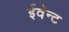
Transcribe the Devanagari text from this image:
ईवॅन्ट